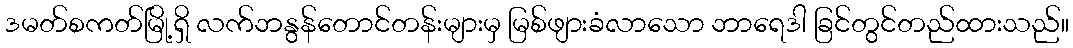
ဒမတ်စကတ်မြို့ရှိ လက်ဘနွန်တောင်တန်းများမှ မြစ်ဖျားခံလာသော ဘာရေဒါ ခြင်တွင်တည်ထားသည်။